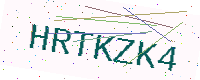
Text: HRTKZK4